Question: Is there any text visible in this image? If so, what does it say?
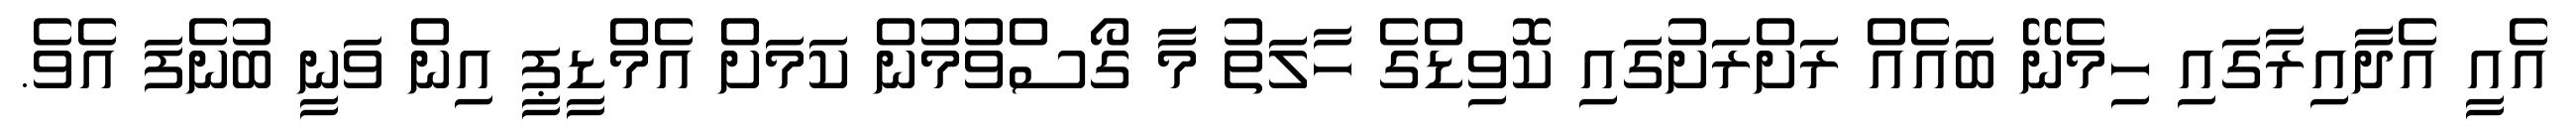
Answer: އެއީ އެދާއިރާގައި ހިމެނޭ ބައެއް ރަށްރަށުގައި ކޮވިޑްގެ ހާލަތު މާ ގޯސްވުމުން ކަމަށް އެމްޑީޕީ އިން ވަނީ ބުނެފަ އެވެ.